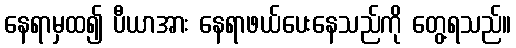
နေရာမှထ၍ ပီယာအား နေရာဖယ်ပေးနေသည်ကို တွေ့ရသည်။